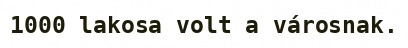
1000 lakosa volt a városnak.